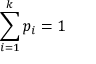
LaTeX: \sum _ { i = 1 } ^ { k } p _ { i } = 1